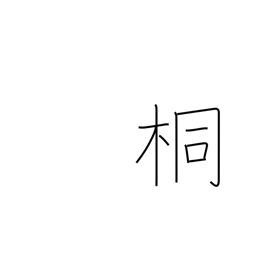
Meaning: paulownia